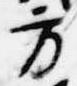
方